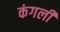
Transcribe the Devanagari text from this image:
कंगली